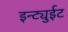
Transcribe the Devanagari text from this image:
इन्ट्युईट